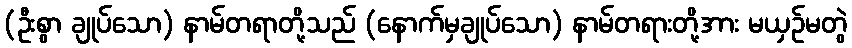
(ဦးစွာ ချုပ်သော) နာမ်တရာတို့သည် (နောက်မှချုပ်သော) နာမ်တရားတို့အား မယှဉ်မတွဲ